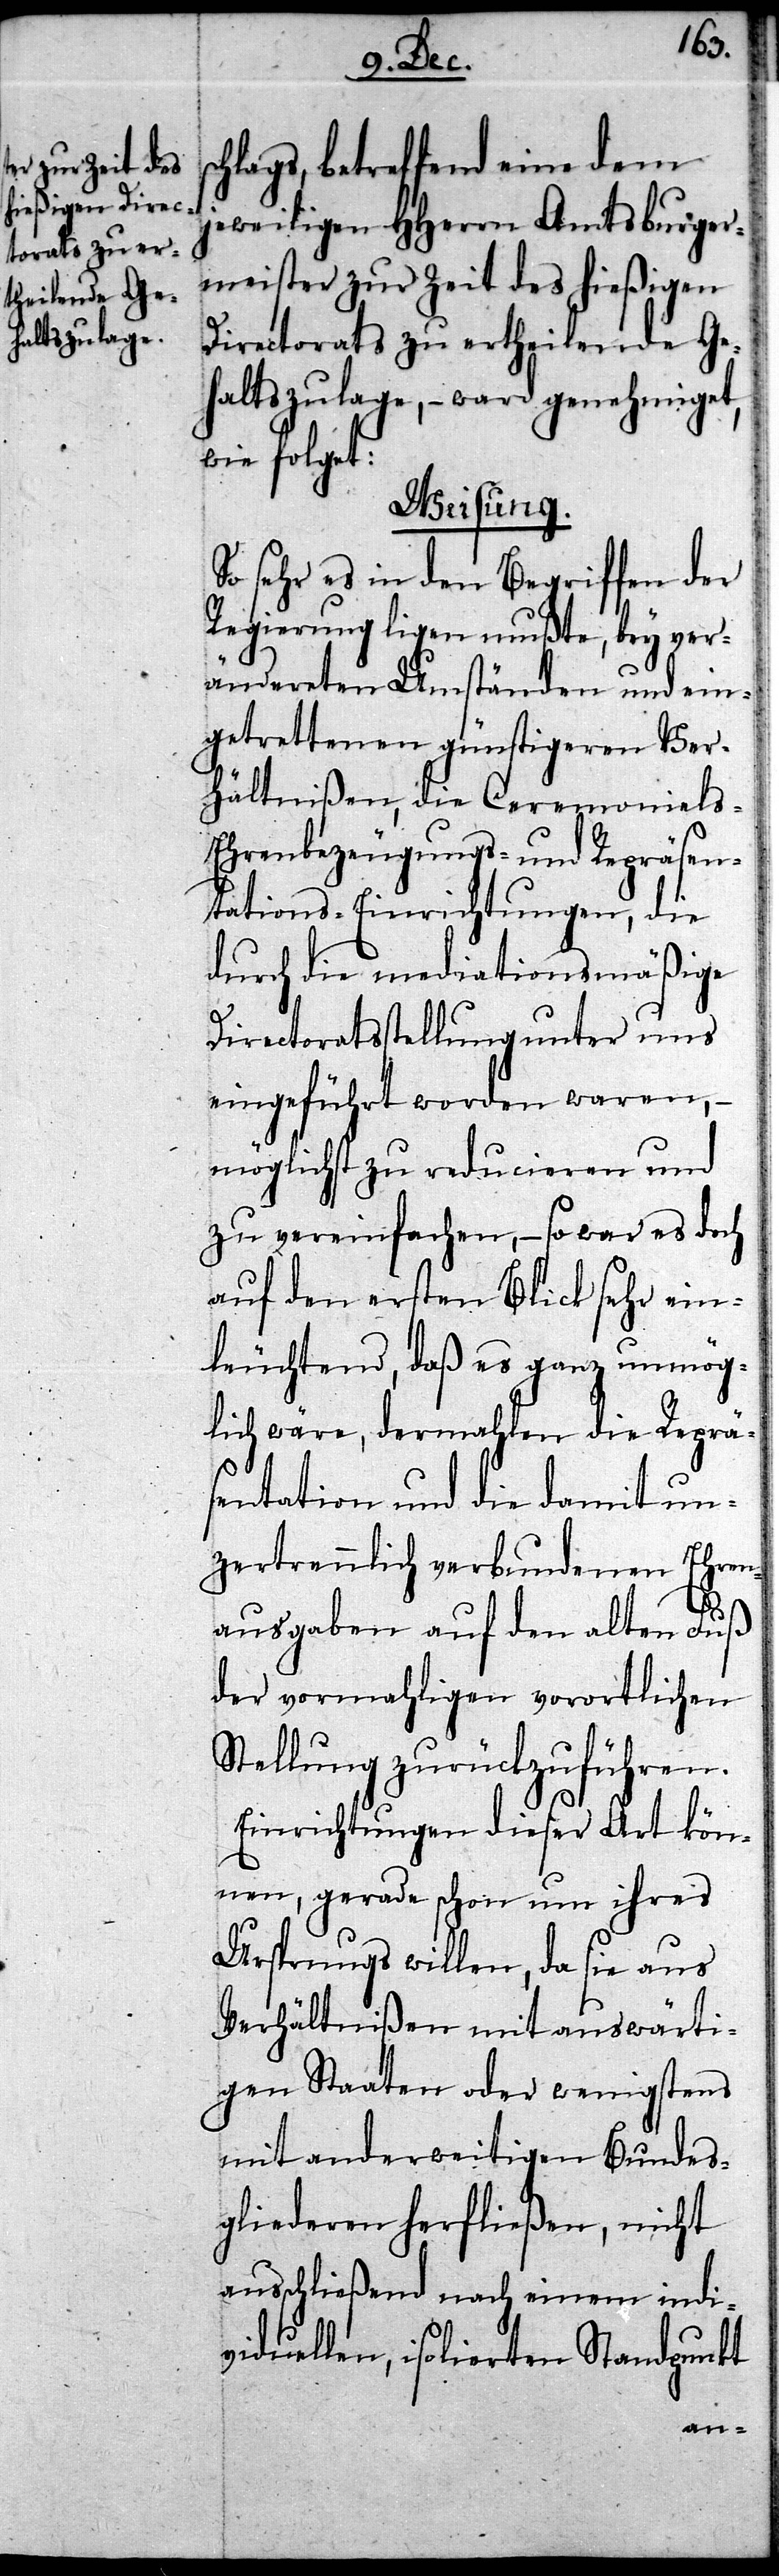
sc¬
hlags, betreffend eine dem
jeweiligen HHerrn Amtsburger¬
meister zur Zeit des hießigen
Directorats zu ertheilende Ge¬
haltszulage, – ward genehmiget,
wie folget:
Weisung.
So sehr es in den Begriffen der
Regierung ligen mußte, bey ver¬
ändereten Umständen und ein¬
getrettenen günstigeren Ver¬
hältnißen, die Ceremonials-
Ehrenbezeugungs- und Repräsen¬
tations-Einrichtungen, die
durch die mediationsmäßige
Directoratsstellung unter uns
eingeführt worden waren, –
möglichst zu reducieren und
zu vereinfachen, – so war es doch
auf den ersten Blick sehr ein¬
leuchtend, daß es ganz unmög¬
lich wäre, dermahlen die Reprä¬
sentation und die damit
ausgaben auf den alten Fuß
der vormahligen vorortlichen
Stellung zurückzuführen.
Einrichtungen dieser Art kön¬
nen, gerade schon um ihres
Ursprungs willen, da sie aus
Verhältnißen mit auswärti¬
gen Staaten oder wenigstens
gliederen herfließen, nicht
ausschließend nach einem indi¬
viduellen, isolierten Standpunkt
Bundes¬